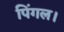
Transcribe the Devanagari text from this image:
पिंगल।